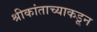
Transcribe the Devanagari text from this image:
श्रीकांताच्याकडून